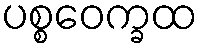
ပစ္စဝေက္ခထ